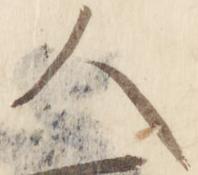
人